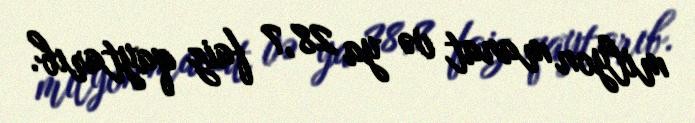
milyon manat və ya 28,7 faiz qaytarıb.